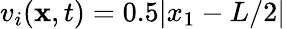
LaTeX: v_{i}(\mathbf{x},t)=0.5|x_{1}-L/2|